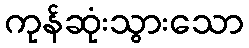
ကုန်ဆုံးသွားသော